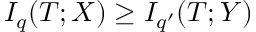
I _ { q } ( T ; X ) \ge I _ { q ^ { \prime } } ( T ; Y )